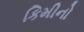
કિમીનો